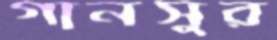
গানসুর